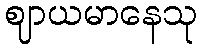
ဈာယမာနေသု